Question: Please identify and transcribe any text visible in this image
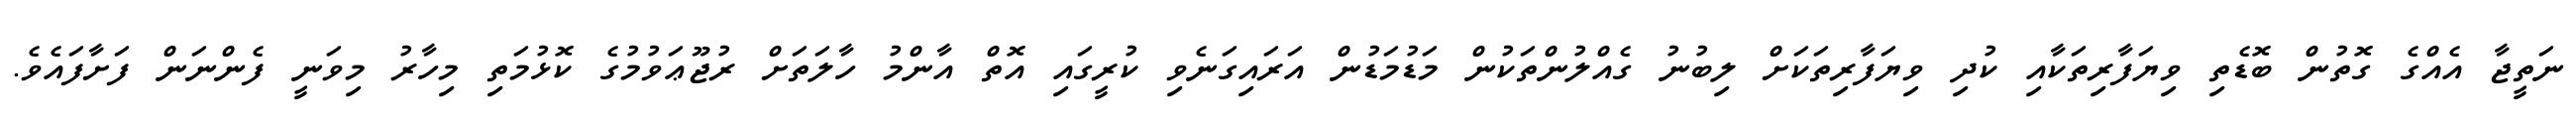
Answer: ނަތީޖާ އެއްގެ ގޮތުން ބޮޑެތި ވިޔަފާރިތަކާއި ކުދި ވިޔަފާރިތަކަށް ލިބުނު ގެއްލުންތަކުން މަޑުމަޑުން އަރައިގަނެވި ކުރީގައި އޮތް އާންމު ހާލަތަށް ރުޖޫޢަވުމުގެ ކޮޅުމަތި މިހާރު މިވަނީ ފެންނަން ފަށާފައެވެ.